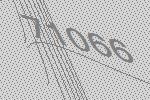
71066